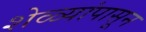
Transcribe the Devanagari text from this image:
शेळ्यांपासून